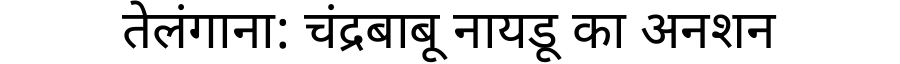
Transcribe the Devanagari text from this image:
तेलंगाना: चंद्रबाबू नायडू का अनशन